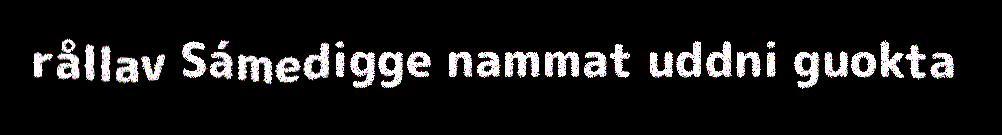
rållav Sámedigge nammat uddni guokta